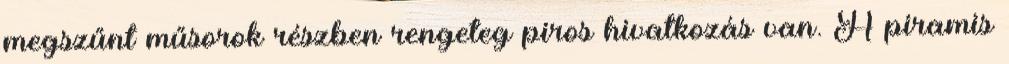
megszűnt műsorok részben rengeteg piros hivatkozás van. A piramis